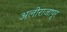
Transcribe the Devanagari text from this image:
अलीराजापुर